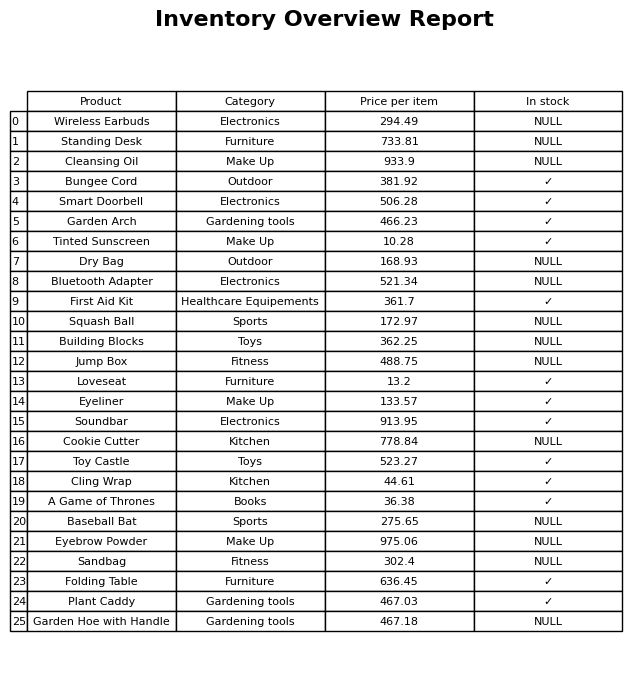
question: Is the Baseball Bat in stock?
answer: NULL